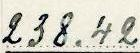
238.42